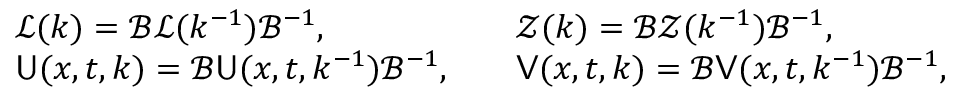
\begin{array} { r l r l } & { \mathcal { L } ( k ) = \mathcal { B } \mathcal { L } ( k ^ { - 1 } ) \mathcal { B } ^ { - 1 } , } & & { \mathcal { Z } ( k ) = \mathcal { B } \mathcal { Z } ( k ^ { - 1 } ) \mathcal { B } ^ { - 1 } , } \\ & { \mathsf { U } ( x , t , k ) = \mathcal { B } \mathsf { U } ( x , t , k ^ { - 1 } ) \mathcal { B } ^ { - 1 } , } & & { \mathsf { V } ( x , t , k ) = \mathcal { B } \mathsf { V } ( x , t , k ^ { - 1 } ) \mathcal { B } ^ { - 1 } , } \end{array}